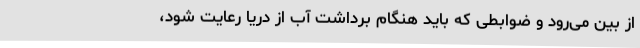
از بین می‌رود و ضوابطی که باید هنگام برداشت آب از دریا رعایت شود،